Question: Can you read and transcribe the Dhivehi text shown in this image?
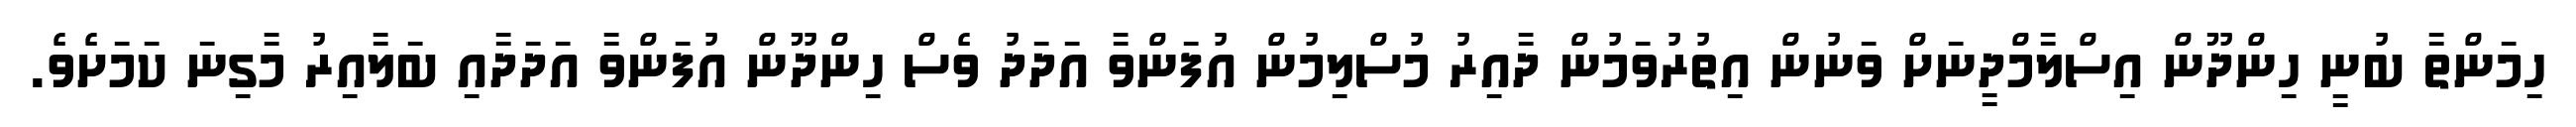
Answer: ހިމަންތާ ބުނީ ހިންދޫން އިސްލާމްދީނަށް ވަނުން އިތުރުވަމުން ދާއިރު މުސްލިމުން އުފަންވާ އަދަދު ވެސް ހިންދޫން އުފަންވާ އަދަދާއި ބަލާއިރު މާގިނަ ކަމަށެވެ.